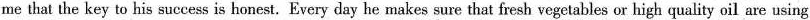
me that the key to his success is honest. Every day he makes sure that fresh vegetables or high quality oil are using